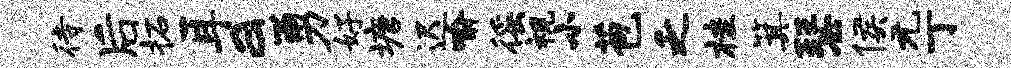
待后柘耳a勇好塘迟喻徭视小苞乏桂箕瑟侯元丁